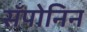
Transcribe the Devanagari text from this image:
सॅपोनिन